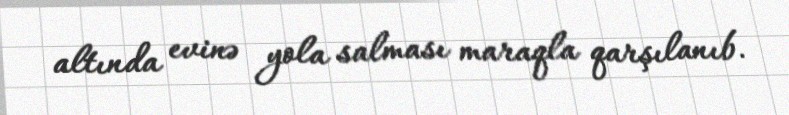
altında evinə yola salması maraqla qarşılanıb.